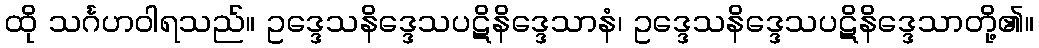
ထို သင်္ဂဟဝါရသည်။ ဥဒ္ဒေသနိဒ္ဒေသပဋိနိဒ္ဒေသာနံ၊ ဥဒ္ဒေသနိဒ္ဒေသပဋိနိဒ္ဒေသာတို့၏။